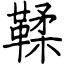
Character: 鞣